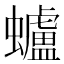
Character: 蠦